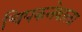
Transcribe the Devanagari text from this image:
चिपकनेवाला